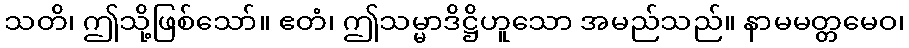
သတိ၊ ဤသို့ဖြစ်သော်။ ဧတံ၊ ဤသမ္မာဒိဋ္ဌိဟူသော အမည်သည်။ နာမမတ္တမေဝ၊